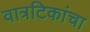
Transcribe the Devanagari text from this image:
वात्रटिकांचा